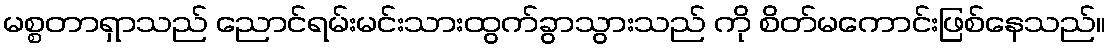
မစ္စတာရှာသည် ညောင်ရမ်းမင်းသားထွက်ခွာသွားသည် ကို စိတ်မကောင်းဖြစ်နေသည်။